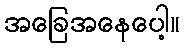
အခြေအနေပေါ့။